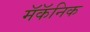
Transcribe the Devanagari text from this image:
मॅकॅनिक